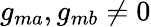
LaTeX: g_{ma},g_{mb}\neq 0